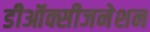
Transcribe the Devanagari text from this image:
डीऑक्सीजनेशन